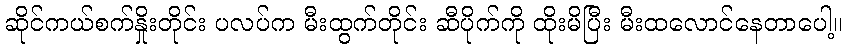
ဆိုင်ကယ်စက်နှိုးတိုင်း ပလပ်က မီးထွက်တိုင်း ဆီပိုက်ကို ထိုးမိပြီး မီးထလောင်နေတာပေါ့။